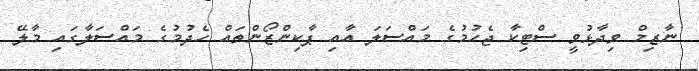
ނާޒިމް ވިދާޅުވީ ސްޓިކާ ޖެހުމުގެ މައްސަލަ އާއި ޕާކިންޒޯންތައް ހެދުމުގެ މައްސަލާގައި މާލޭ